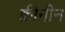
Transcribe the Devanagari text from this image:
क्वीनीन